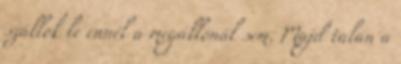
szállok le ennél a megállónál sem. Majd talán a